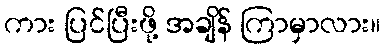
ကား ပြင်ပြီးဖို့ အချိန် ကြာမှာလား။